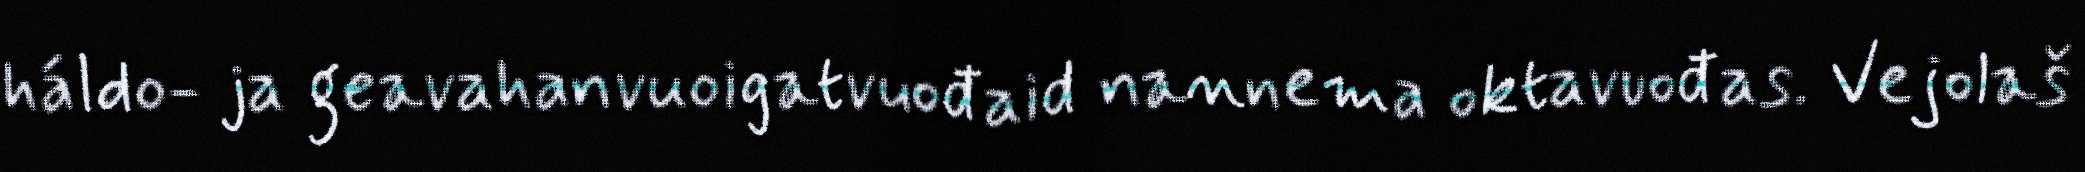
háldo- ja geavahanvuoigatvuođaid nannema oktavuođas. Vejolaš